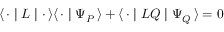
\langle \, { \bf \cdot } \mid { \cal L } \mid { \bf \cdot } \, \rangle \langle \, { \bf \cdot } \mid \Psi _ { P } \, \rangle + \langle \, { \bf \cdot } \mid { \cal L } Q \mid \Psi _ { Q } \, \rangle = 0